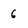
Character: 6